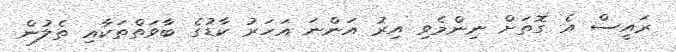
ރައީސް އެ ގޮތަށް ނިންމެވި އިރު އަންނަ އަހަރު ކާޑުގެ ބާވަތްތަކާއި ތެލުން